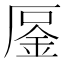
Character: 𠪒